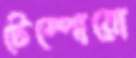
টেম্পোরো